Vaccine operations Central Provinces & Berar 1922-1929 - 1922-1929
Year: 1922
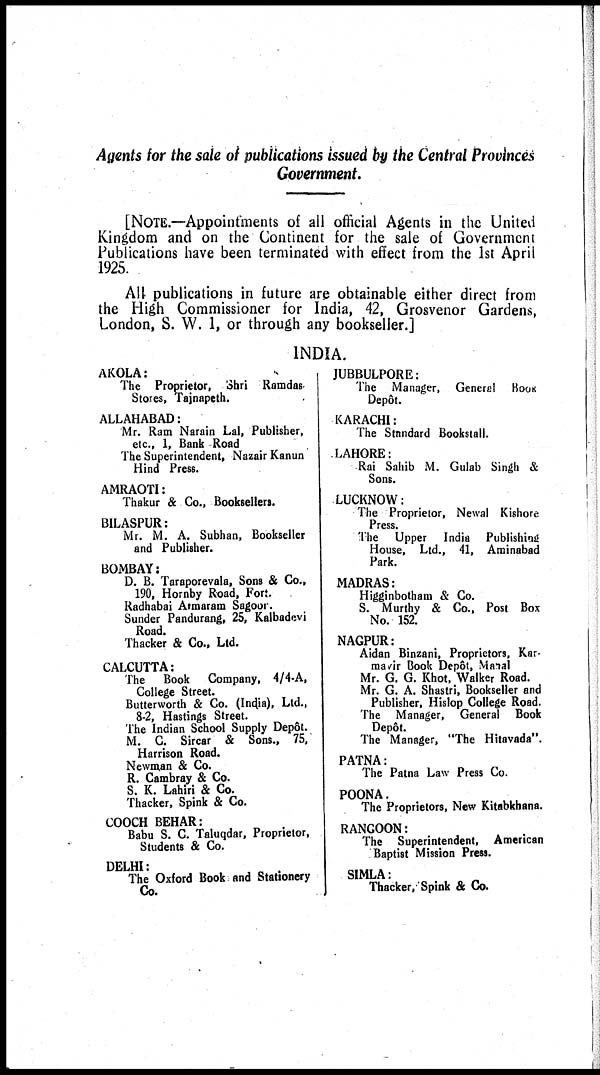
Agents for the sale of publications issued by the Central Provinces
Government.
[NOTE.—Appointments of all official Agents in the United
Kingdom and on the Continent for the sale of Government
Publications have been terminated with effect from the 1st April
1925.
All publications in future are obtainable either direct from
the High Commissioner for India, 42, Grosvenor Gardens,
London, S. W. 1, or through any bookseller.]
INDIA.
AKOLA:
The Proprietor, Shri Ramdas
Stores, Tajnapeth.
ALLAHABAD:
Mr. Ram Narain Lal, Publisher,
etc., 1, Bank Road
The Superintendent, Nazair Kanun
Hind Press.
AMRAOTI:
Thakur & Co., Booksellers.
BILASPUR:
Mr. M. A. Subhan, Bookseller
and Publisher.
BOMBAY:
D. B. Taraporevala, Sons & Co.,
190, Hornby Road, Fort.
Radhabai Atmaram Sagoor.
Sunder Pandurang, 25, Kalbadevi
Road.
Thacker & Co., Ltd.
CALCUTTA:
The
Book
Company, 4/4-A,
College Street.
Butterworth & Co. (India), Ltd.,
8-2, Hastings Street.
The Indian School Supply Depôt.
M. C. Sircar & Sons., 75,
Harrison Road.
Newman & Co.
R. Cambray & Co.
S. K. Lahiri & Co.
Thacker, Spink & Co.
COOCH BEHAR:
Babu S. C. Taluqdar, Proprietor,
Students & Co.
DELHI:
The Oxford Book and Stationery
Co.
JUBBULPORE:
The Manager, General
Book
Depôt.
KARACHI:
The Standard Bookstall.
LAHORE:
Rai Sahib M. Gulab Singh &
Sons.
LUCKNOW :
The Proprietor, Newal Kishore
Press.
The
Upper
India
Publishing
House, Ltd., 41, Aminabad
Park.
MADRAS:
Higginbotham & Co.
S. Murthy & Co., Post Box
No. 152.
NAGPUR:
Aidan Binzani, Proprietors, Kar-
mavir Book Depôt, Manal
Mr. G. G. Khot, Walker Road.
Mr. G. A. Shastri, Bookseller and
Publisher, Hislop College Road.
The Manager, General Book
Depôt.
The Manager, "The Hitavada".
PATNA:
The Patna Law Press Co.
POONA.
The Proprietors, New Kitabkhana.
RANGOON:
The Superintendent, American
Baptist Mission Press.
SIMLA:
Thacker, Spink & Co.